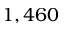
1 , 4 6 0